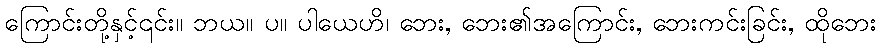
ကြောင်းတို့နှင့်၎င်း။ ဘယ။ ပ။ ပါယေဟိ၊ ဘေး, ဘေး၏အကြောင်း, ဘေးကင်းခြင်း, ထိုဘေး